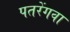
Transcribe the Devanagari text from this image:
पतरेंगवा